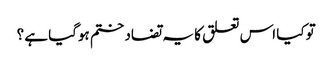
تو کیا اس تعلق کا یہ تضاد ختم ہوگیا ہے ؟